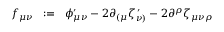
f _ { \mu \nu } \; \; : = \; \; \phi _ { \mu \nu } ^ { \prime } - 2 \partial _ { ( \mu } \zeta _ { \nu ) } ^ { \, \prime } - 2 \partial ^ { \rho } \zeta _ { \mu \nu \rho }